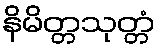
နိမိတ္တသုတ္တံ